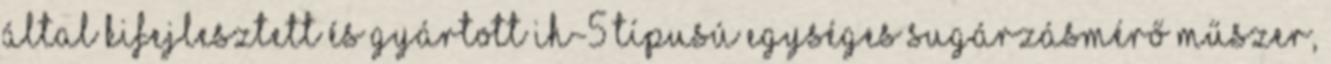
által kifejlesztett és gyártott IH-5 típusú egységes sugárzásmérő műszer,